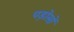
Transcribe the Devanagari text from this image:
पड़ोसों